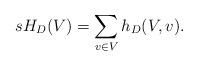
LaTeX: \begin{align*}sH_D(V)= \sum_{v\in V} h_D(V,v). \end{align*}